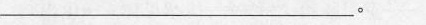
___